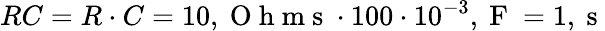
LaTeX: RC=R\cdot C=10,\mathrm{~O~h~m~s~}\cdot 100\cdot 10^{-3},\mathrm{~F~}=1,\mathrm{~s~}